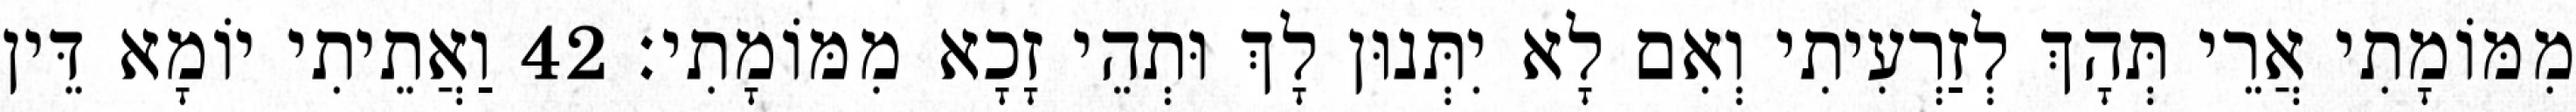
מִמּוֹמָתִי אֲרֵי תְּהָךְ לְזַרְעִיתִי וְאִם לָא יִתְּנוּן לָךְ וּתְהֵי זָכָא מִמּוֹמָתִי׃ 42 וַאֲתֵיתִי יוֹמָא דֵּין